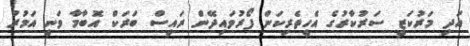
އަދި މަރުކަޒީ ސަރުކާރުގެ އެހީތެރިކަން ފޯރުވައިދޭން ރައީސް ބަރަކް އޮބާމާ ވަނީ އަމުރު